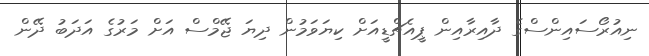
ނިއުރޯސައިންސްގެ ދާއިރާއިން ޕީއެޗްޑީއަށް ކިޔަވަމުން ދިޔަ ޖޭމްސް އަށް މަރުގެ އަދަބު ދޭން